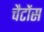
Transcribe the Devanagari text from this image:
चैटोंस